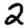
Digit: 2